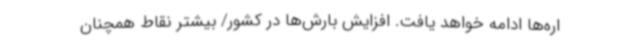
اره‌ها ادامه خواهد یافت. افزایش بارش‌ها در کشور/ بیشتر نقاط همچنان